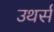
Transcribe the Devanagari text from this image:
उथर्स